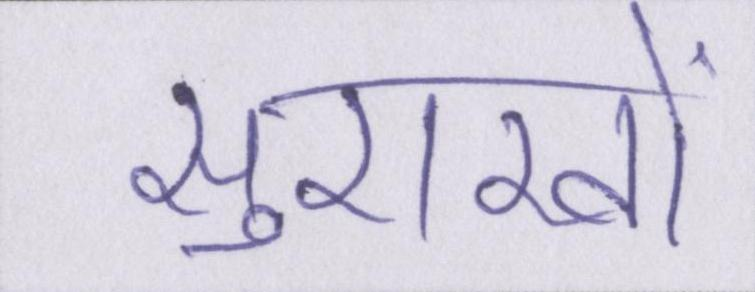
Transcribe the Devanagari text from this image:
सुराखों